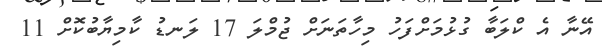
އޭނާ އެ ކްލަބާ ގުޅުމަށްފަހު މިހާތަނަށް ޖުމްލަ 17 ލަނޑު ކާމިޔާބުކޮށް 11